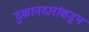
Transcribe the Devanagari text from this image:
दुकानदारांकडून